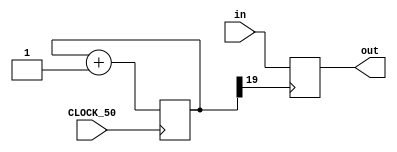
module debounce (
   input       CLOCK_50,
   input       in,
   output reg  out
   );
   
   reg [19:0] count;
   
   always @(posedge CLOCK_50)
      count <= count + 1'b1;
   
   always @(posedge count[19])
      out <= in;
      
endmodule